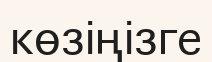
көзіңізге